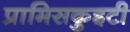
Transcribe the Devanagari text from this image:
प्रामिसकुइटी